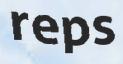
reps